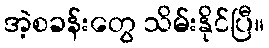
အဲ့စခန်းတွေ သိမ်းနိုင်ပြီ။